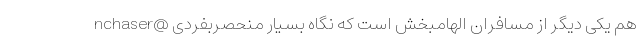
nchaser@ هم یکی دیگر از مسافران الهامبخش است که نگاه بسیار منحصربفردی